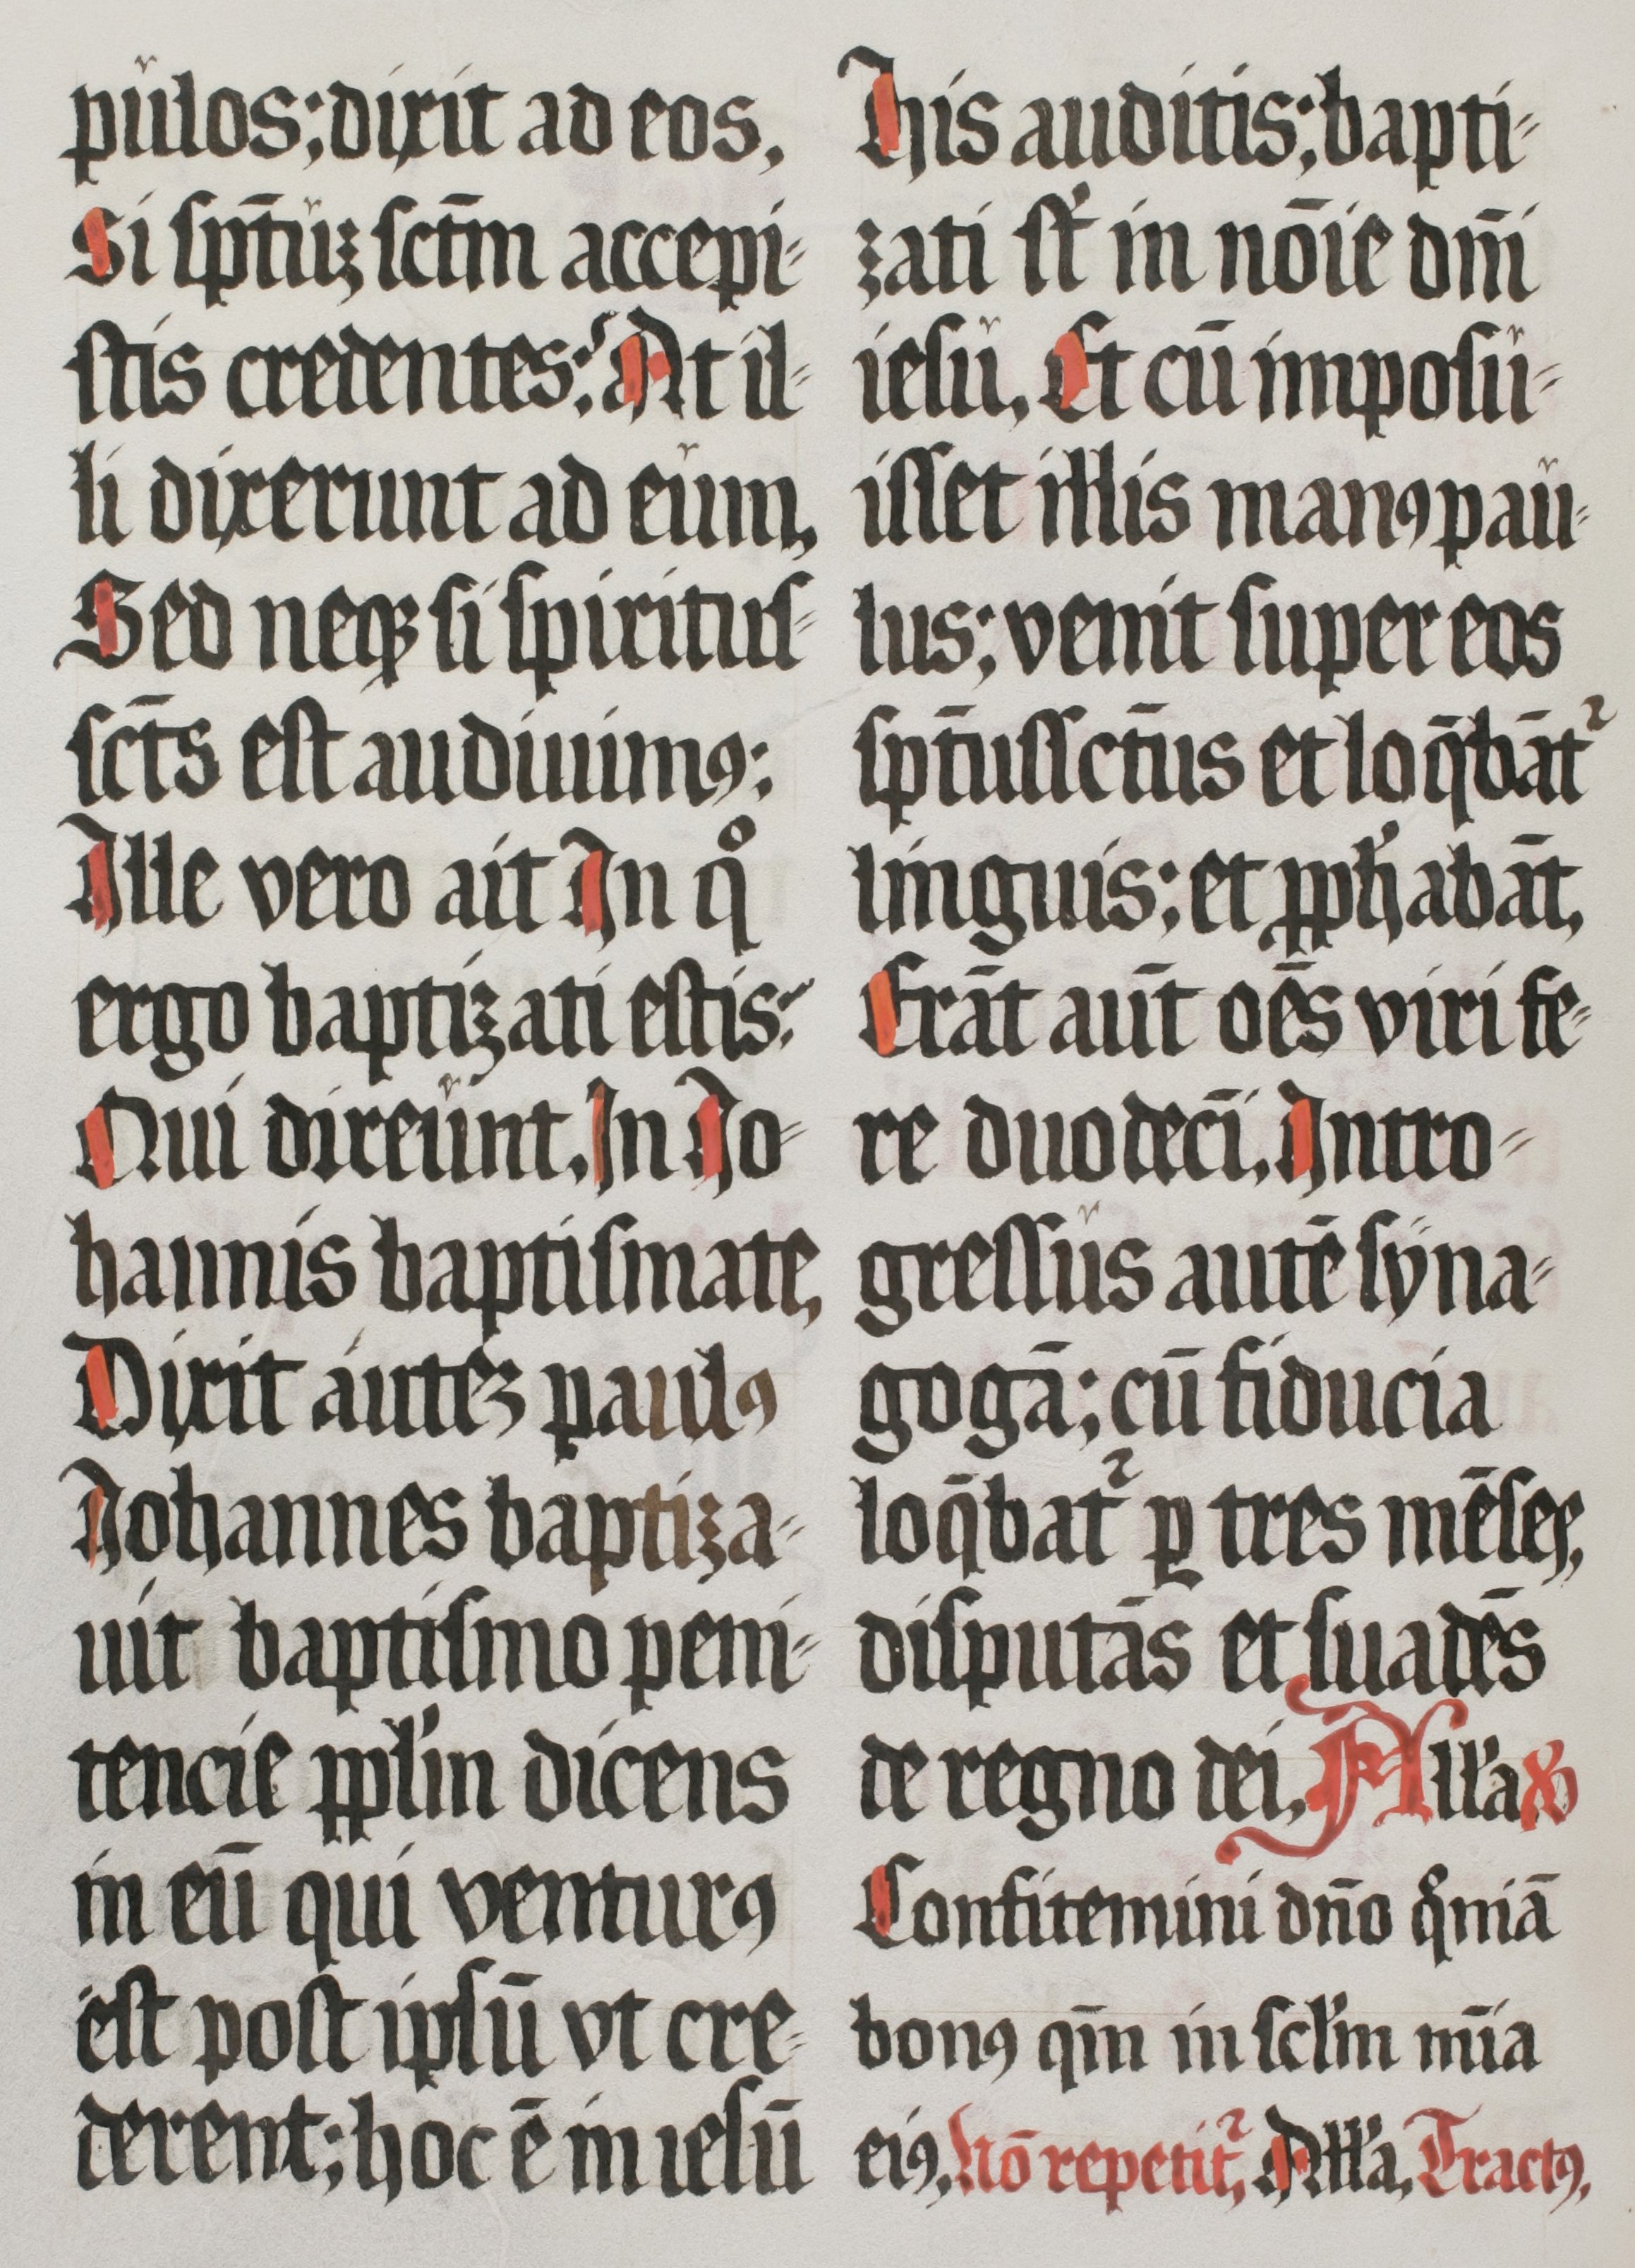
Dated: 1555–1555